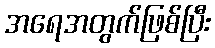
အရေအတွက်ဖြစ်ပြီး